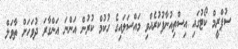
ސުޕްރީމް ކޯޓުގައި އިސްތިއުނާފުކުރެއްވި މައްސަލައިގެ ހުކުމް ކުރުން އަންނަ އަންގާރަ ދުވަހަށް ތާވަލް